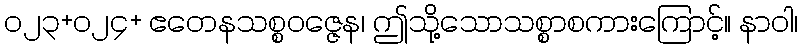
၀၂၃+၀၂၄+ ဧတေနသစ္စဝဇ္ဇေန၊ ဤသို့သောသစ္စာစကားကြောင့်။ နာဝါ၊